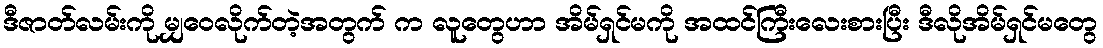
ဒီဇာတ်လမ်းကို မျှဝေလိုက်တဲ့အတွက် က လူတွေဟာ အိမ်ရှင်မကို အထင်ကြီးလေးစားပြီး ဒီလိုအိမ်ရှင်မတွေ